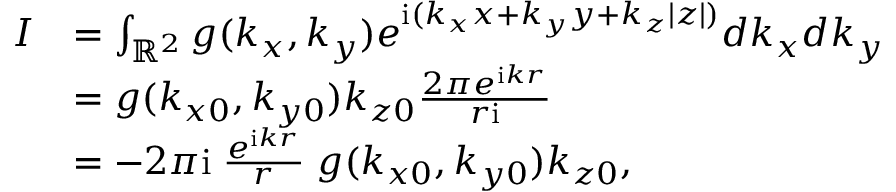
\begin{array} { r l } { I } & { = \int _ { \mathbb { R } ^ { 2 } } g ( k _ { x } , k _ { y } ) e ^ { \mathrm { i } ( k _ { x } x + k _ { y } y + k _ { z } | z | ) } d k _ { x } d k _ { y } } \\ & { = g ( k _ { x 0 } , k _ { y 0 } ) k _ { z 0 } \frac { 2 \pi e ^ { \mathrm { i } k r } } { r \mathrm { i } } } \\ & { = - 2 \pi \mathrm { i } \; \frac { e ^ { \mathrm { i } k r } } { r } \; g ( k _ { x 0 } , k _ { y 0 } ) k _ { z 0 } , } \end{array}